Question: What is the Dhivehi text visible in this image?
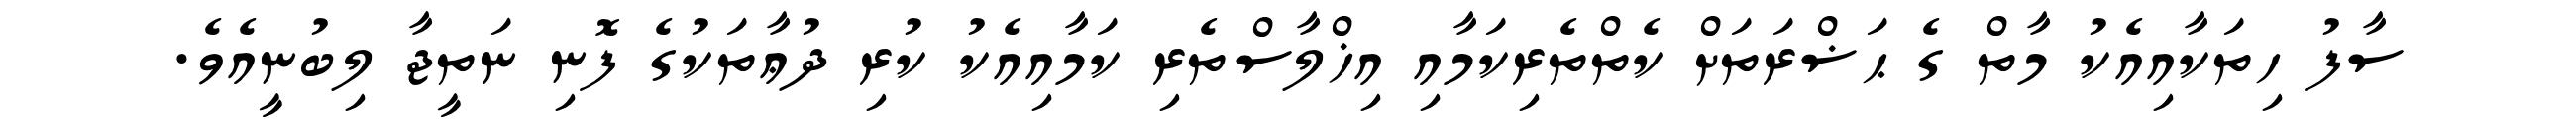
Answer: ސާފު ހިތަކާއިއެކު މާތް ގެ ޙަޟްރަތަށް ކެތްތެރިކަމާއި އިޚްލާސްތެރި ކަމާއިއެކު ކުރި ދުޢާތަކުގެ ފޮނި ނަތީޖާ ލިބުނީއެވެ.